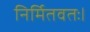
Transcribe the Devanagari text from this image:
निर्मितवतः।